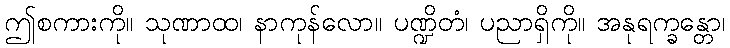
ဤစကားကို။ သုဏာထ၊ နာကုန်လော။ ပဏ္ဍိတံ၊ ပညာရှိကို။ အနုရက္ခန္တော၊